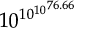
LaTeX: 1 0 ^ { 1 0 ^ { 1 0 ^ { 7 6 . 6 6 } } }